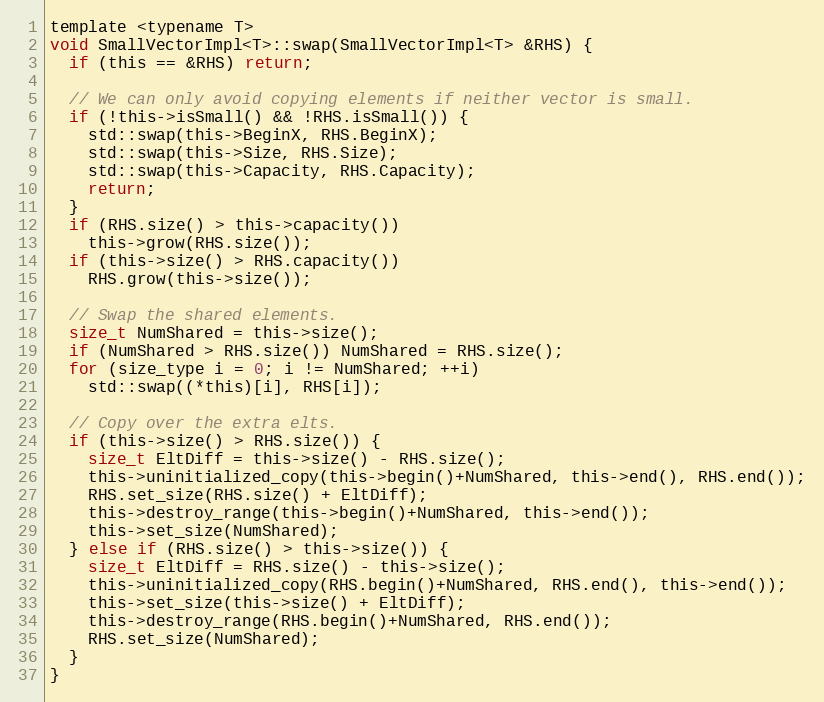
Language: C
template <typename T>
void SmallVectorImpl<T>::swap(SmallVectorImpl<T> &RHS) {
  if (this == &RHS) return;

  // We can only avoid copying elements if neither vector is small.
  if (!this->isSmall() && !RHS.isSmall()) {
    std::swap(this->BeginX, RHS.BeginX);
    std::swap(this->Size, RHS.Size);
    std::swap(this->Capacity, RHS.Capacity);
    return;
  }
  if (RHS.size() > this->capacity())
    this->grow(RHS.size());
  if (this->size() > RHS.capacity())
    RHS.grow(this->size());

  // Swap the shared elements.
  size_t NumShared = this->size();
  if (NumShared > RHS.size()) NumShared = RHS.size();
  for (size_type i = 0; i != NumShared; ++i)
    std::swap((*this)[i], RHS[i]);

  // Copy over the extra elts.
  if (this->size() > RHS.size()) {
    size_t EltDiff = this->size() - RHS.size();
    this->uninitialized_copy(this->begin()+NumShared, this->end(), RHS.end());
    RHS.set_size(RHS.size() + EltDiff);
    this->destroy_range(this->begin()+NumShared, this->end());
    this->set_size(NumShared);
  } else if (RHS.size() > this->size()) {
    size_t EltDiff = RHS.size() - this->size();
    this->uninitialized_copy(RHS.begin()+NumShared, RHS.end(), this->end());
    this->set_size(this->size() + EltDiff);
    this->destroy_range(RHS.begin()+NumShared, RHS.end());
    RHS.set_size(NumShared);
  }
}